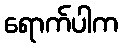
ရောက်ပါက